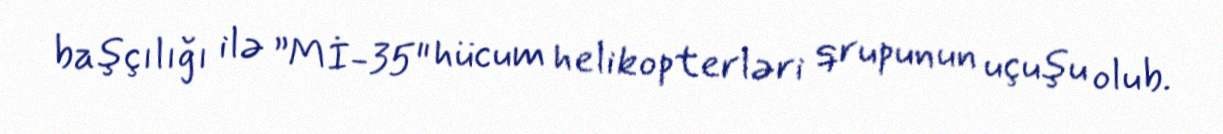
başçılığı ilə ”Mİ-35" hücum helikopterləri qrupunun uçuşu olub.